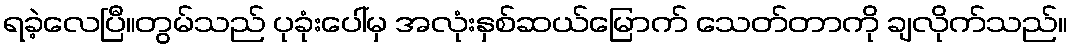
ရခဲ့လေပြီ။တွမ်သည် ပုခုံးပေါ်မှ အလုံးနှစ်ဆယ်မြောက် သေတ်တာကို ချလိုက်သည်။